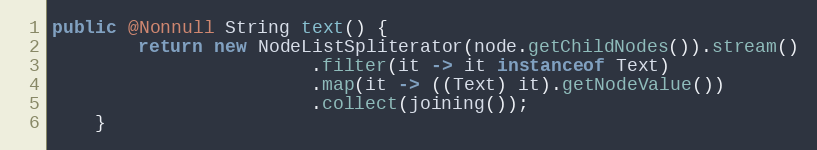
Language: Java
public @Nonnull String text() {
        return new NodeListSpliterator(node.getChildNodes()).stream()
                        .filter(it -> it instanceof Text)
                        .map(it -> ((Text) it).getNodeValue())
                        .collect(joining());
    }